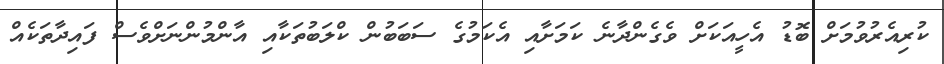
ކުރިއެރުވުމަށް ބޮޑު އެހީއަކަށް ވެގެންދާނެ ކަމަށާއި އެކަމުގެ ސަބަބުން ކްލަބުތަކާއި އާންމުންނަށްވެސް ފައިދާތަކެއް